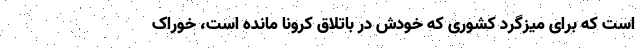
است که برای میزگرد کشوری که خودش در باتلاق کرونا مانده است، خوراک